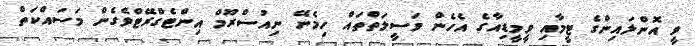
ވީ އޮންލައިންގެ ޓީމާއި ވީމީޑިއާގެ އެހެން ވަސީލަތްތައް ހިމެނޭ ނިއުސްރޫމް އިންޓެގްރޭޓްވެގެން މަސައްކަތް